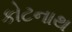
કોટનાથ